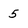
Character: 5